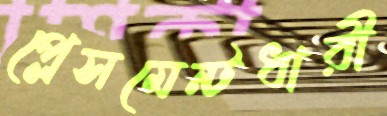
প্লেসমেন্টধারী